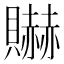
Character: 𰷘